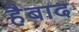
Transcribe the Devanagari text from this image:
हैबाद